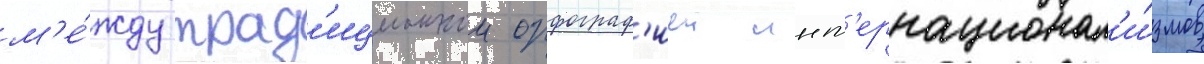
м'е́жду трад'иционнои орфограф'иеи инт'ернационал'и́змов